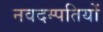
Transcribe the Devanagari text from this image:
नवदम्पतियों